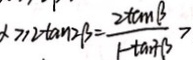
x \geq 2 \tan 2 \beta = \frac { 2 \tan \beta } { 1 - \tan ^ { 2 } + \beta } >